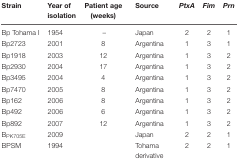
<table><thead><tr><td><b>Strain</b></td><td><b>Year of isolation</b></td><td><b>Patient age (weeks)</b></td><td><b>Source</b></td><td><b><i>PtxA</i></b></td><td><b><i>Fim</i></b></td><td><b><i>Prn</i></b></td></tr></thead><tbody><tr><td>Bp Tohama I</td><td>1954</td><td>–</td><td>Japan</td><td>2</td><td>2</td><td>1</td></tr><tr><td>Bp2723</td><td>2001</td><td>8</td><td>Argentina</td><td>1</td><td>3</td><td>1</td></tr><tr><td>Bp1918</td><td>2003</td><td>12</td><td>Argentina</td><td>1</td><td>3</td><td>2</td></tr><tr><td>Bp2930</td><td>2004</td><td>17</td><td>Argentina</td><td>1</td><td>3</td><td>2</td></tr><tr><td>Bp3495</td><td>2004</td><td>4</td><td>Argentina</td><td>1</td><td>3</td><td>2</td></tr><tr><td>Bp7470</td><td>2005</td><td>8</td><td>Argentina</td><td>1</td><td>3</td><td>2</td></tr><tr><td>Bp162</td><td>2006</td><td>8</td><td>Argentina</td><td>1</td><td>3</td><td>2</td></tr><tr><td>Bp492</td><td>2006</td><td>6</td><td>Argentina</td><td>1</td><td>3</td><td>2</td></tr><tr><td>Bp892</td><td>2007</td><td>12</td><td>Argentina</td><td>1</td><td>3</td><td>2</td></tr><tr><td>B<sub>PK705E</sub></td><td>2009</td><td></td><td>Japan</td><td>2</td><td>2</td><td>1</td></tr><tr><td>BPSM</td><td>1994</td><td></td><td>Tohama derivative</td><td>2</td><td>2</td><td>1</td></tr></tbody></table>